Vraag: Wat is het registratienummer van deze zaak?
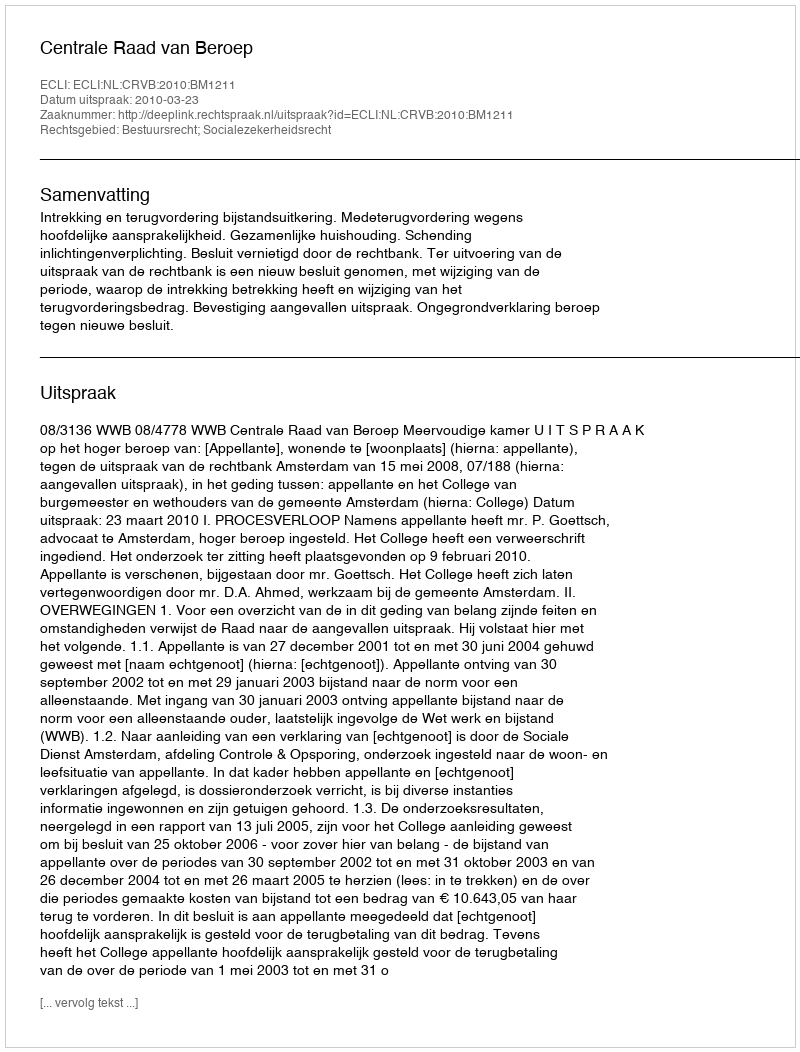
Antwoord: http://deeplink.rechtspraak.nl/uitspraak?id=ECLI:NL:CRVB:2010:BM1211